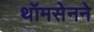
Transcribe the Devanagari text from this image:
थॉमसेनने